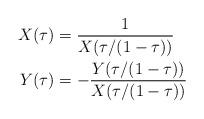
LaTeX: \begin{align*} X(\tau) &= \dfrac{1}{X(\tau/(1-\tau))} \\ Y(\tau) &= -\dfrac{Y(\tau/(1-\tau))}{X(\tau/(1-\tau))}\end{align*}